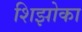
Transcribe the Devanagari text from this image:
शिझोका